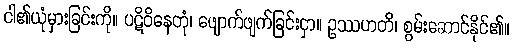
ငါ၏ယုံမှားခြင်းကို။ ပဋိဝိနေတုံ၊ ဖျောက်ဖျက်ခြင်းငှာ။ ဥဿဟတိ၊ စွမ်းဆောင်နိုင်၏။